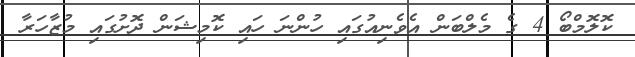
ކޮލޮމްބޯ 4 ގެ މެލްބަން އެވެނިއުގައި ހުންނަ ހައި ކޮމިޝަން ދޮށުގައި މުޒާހަރާ